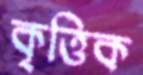
কৃত্তিক